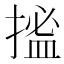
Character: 𢱮